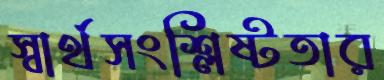
স্বার্থসংশ্লিষ্টতার